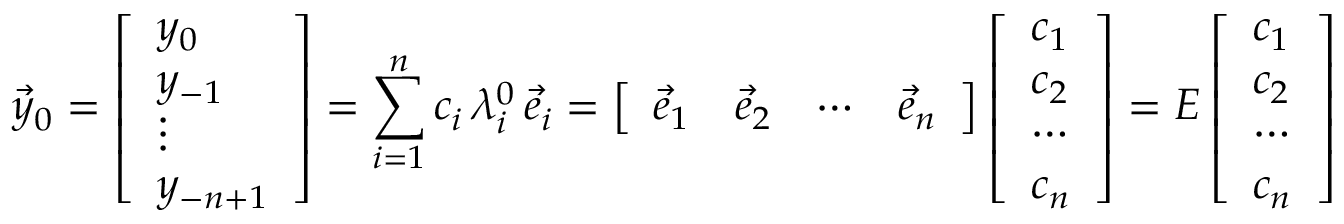
{ \vec { y } } _ { 0 } = { \left[ \begin{array} { l } { y _ { 0 } } \\ { y _ { - 1 } } \\ { \vdots } \\ { y _ { - n + 1 } } \end{array} \right] } = \sum _ { i = 1 } ^ { n } { c _ { i } \, \lambda _ { i } ^ { 0 } \, { \vec { e } } _ { i } } = { \left[ \begin{array} { l l l l } { { \vec { e } } _ { 1 } } & { { \vec { e } } _ { 2 } } & { \cdots } & { { \vec { e } } _ { n } } \end{array} \right] } \, { \left[ \begin{array} { l } { c _ { 1 } } \\ { c _ { 2 } } \\ { \cdots } \\ { c _ { n } } \end{array} \right] } = E \, { \left[ \begin{array} { l } { c _ { 1 } } \\ { c _ { 2 } } \\ { \cdots } \\ { c _ { n } } \end{array} \right] }